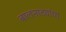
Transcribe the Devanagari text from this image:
बालनाट्यांचा